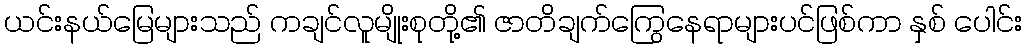
ယင်းနယ်မြေများသည် ကချင်လူမျိုးစုတို့၏ ဇာတိချက်ကြွေနေရာများပင်ဖြစ်ကာ နှစ် ပေါင်း